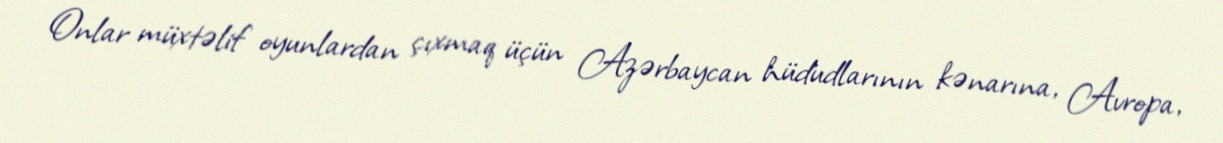
Onlar müxtəlif oyunlardan çıxmaq üçün Azərbaycan hüdudlarının kənarına, Avropa,